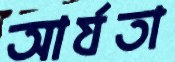
আর্যতা